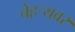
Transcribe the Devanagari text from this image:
चेहर्‍यवर